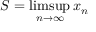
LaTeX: S = \operatorname* { l i m s u p } _ { n \to \infty } x _ { n }